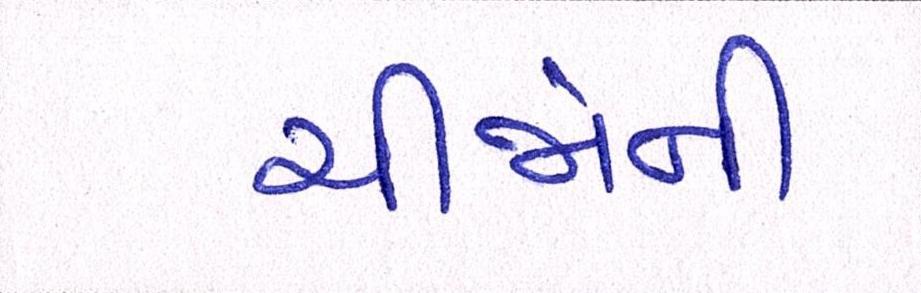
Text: ચીજોની